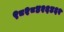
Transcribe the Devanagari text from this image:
९८२८४२६४६२